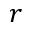
r